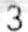
3